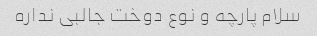
سلام پارچه و نوع دوخت جالبی نداره